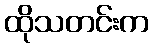
ထိုသတင်းက